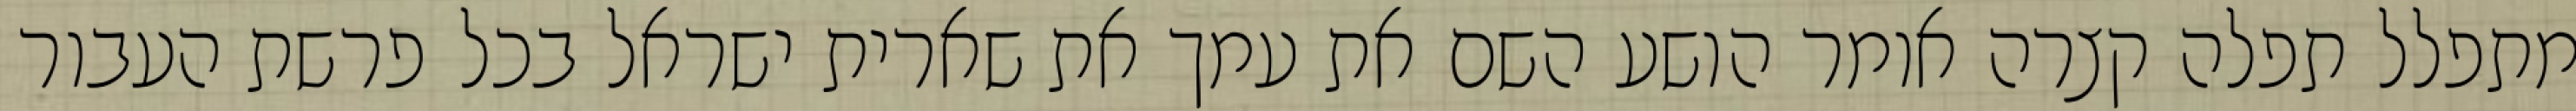
מתפלל תפלה קצרה אומר הושע השם את עמך את שארית ישראל בכל פרשת העבור